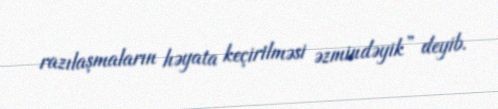
razılaşmaların həyata keçirilməsi əzmindəyik” deyib.